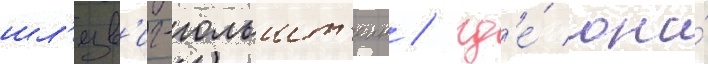
шл'езв'иг-гольшт'еин / гд'е́ она́